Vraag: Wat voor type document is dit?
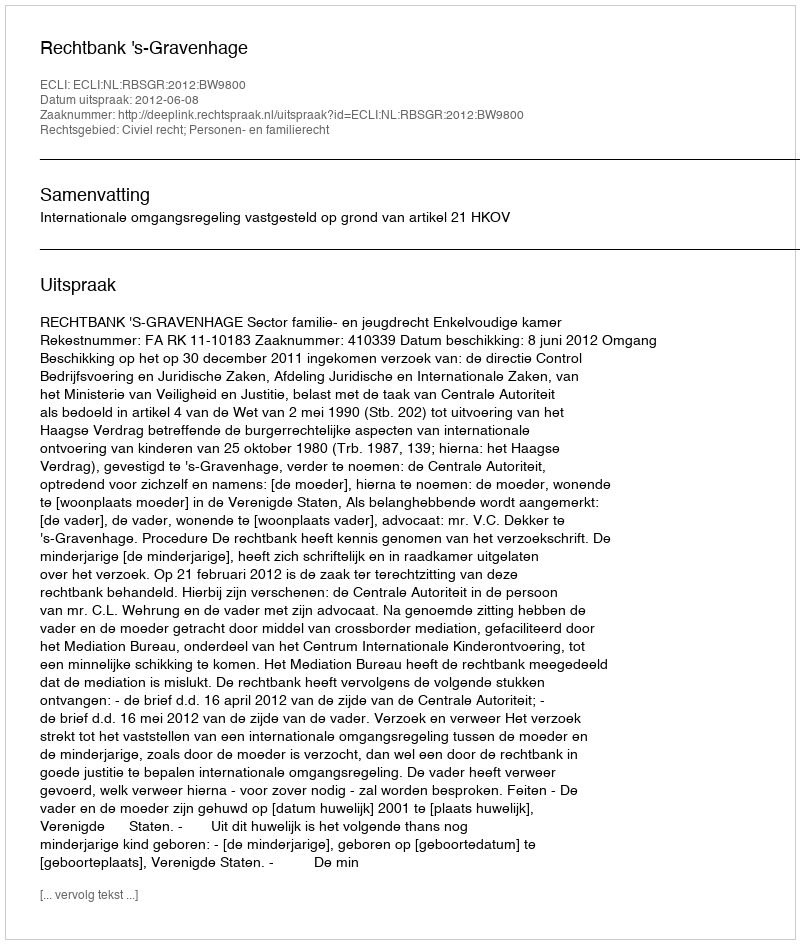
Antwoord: Uitspraak